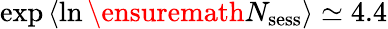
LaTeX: \exp{\langle\ln\ensuremath{N_{\mathrm{sess}}}\rangle}\simeq 4.4